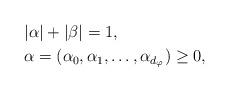
LaTeX: \begin{align*}&|\alpha|+|\beta|=1,\\&\alpha=(\alpha_0,\alpha_1,\hdots,\alpha_{d_{\varphi}})\geq0,\end{align*}